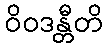
ဝိဝဒန္တီတိ